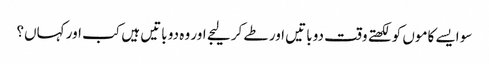
سو ایسے کاموں کو لکھتے وقت دو باتیں اور طے کر لیجے اور وہ دو باتیں ہیں کب اور کہاں؟